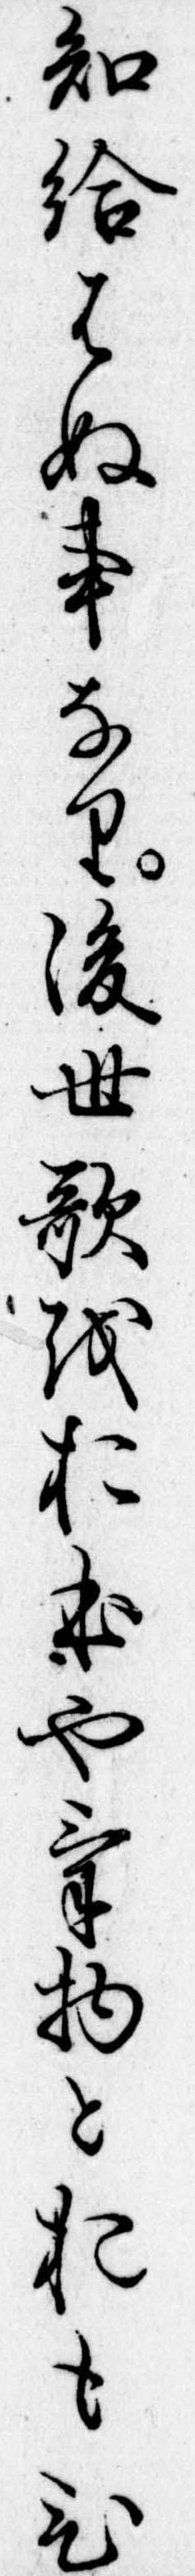
知給はぬ事なり後世歌をおほやけ物とおもひ